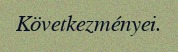
Következményei.